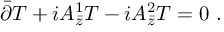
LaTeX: \bar { \partial } T + i A _ { \bar { z } } ^ { 1 } T - i A _ { \bar { z } } ^ { 2 } T = 0 \ .